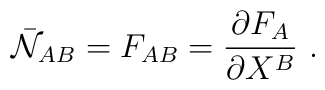
\bar {\cal N}_{AB} =F_{AB}=\frac{\partial F_A}{\partial X^B}\ .